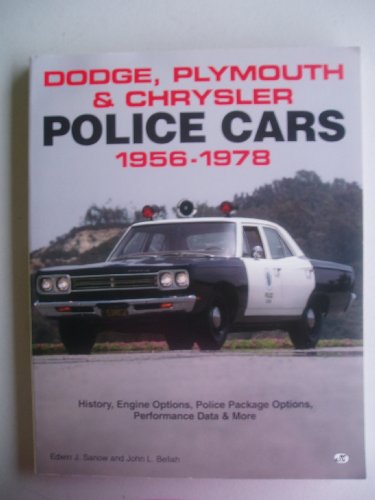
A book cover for Dodge, Plymouth & Chrysler Police Cars 1956-1978; Edwin J. Sanow; Engineering & Transportation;